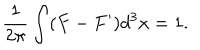
LaTeX: \frac { 1 } { 2 \pi } \int ( F - F ^ { \prime } ) d ^ { 3 } x = 1 .